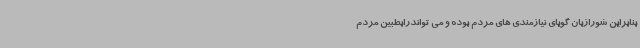
بنابراین شورازبان گویای نیازمندی های مردم بوده و می تواندرابطبین مردم